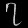
Digit: ၇